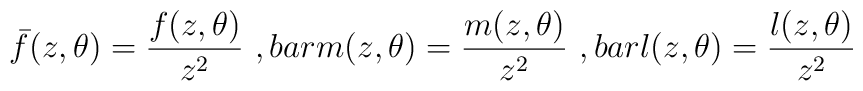
\bar{f}(z,\theta)=\frac{f(z,\theta)}{z^2}\ , \\bar{m}(z,\theta)=\frac{m(z,\theta)}{z^2}\ , \\bar{l}(z,\theta)=\frac{l(z,\theta)}{z^2}\,